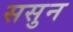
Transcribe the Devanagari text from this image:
ससुन